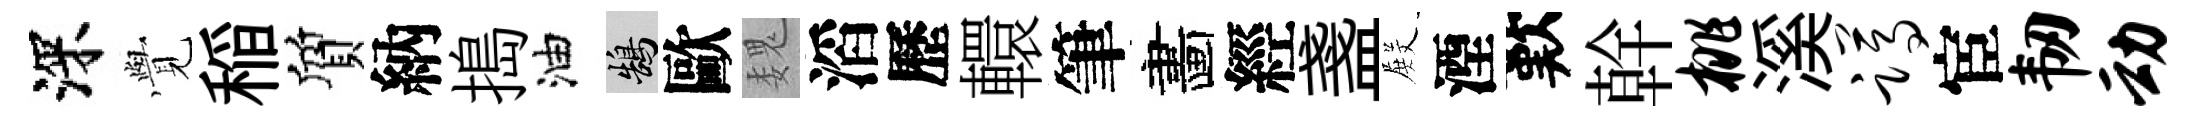
深𮗜稲質納搗油鵠歐魏滔歷轘筆畵經盞𭮺湮歎幹桃溪蹲宦韧动